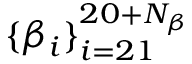
\{ \beta _ { i } \} _ { i = 2 1 } ^ { 2 0 + N _ { \beta } }